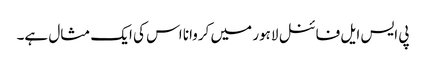
پی ایس ایل فائنل لاہور میں کروانا اس کی ایک مثال ہے۔